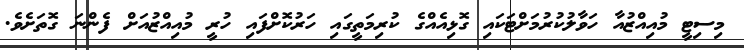
މިސިޓީ މުއިއްޒުއާ ހަވާލުކުރުމަށްޓަކައި ގޮޅިއެއްގެ ކުރިމަތީގައި ހަރުކޮށްފައި ހުރީ މުއިއްޒުއަށް ފެންނަ ގޮތަށެވެ.